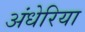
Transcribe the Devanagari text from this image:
अंधेरिया